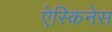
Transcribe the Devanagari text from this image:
ऐस्किनेस